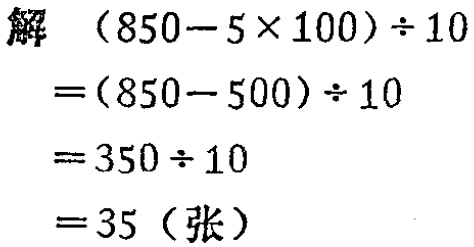
解
\[
\begin{align*}
&(850 - 5\times100)\div10\\
=&(850 - 500)\div10\\
=&350\div10\\
=&35 \text{（张）}
\end{align*}
\]